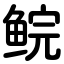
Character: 鲩